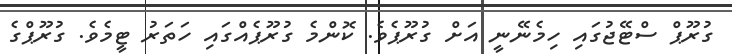
ގުރޫޕް ސްޓޭޖުގައި ހިމެނޭނީ އަށް ގުރޫޕެވެ. ކޮންމެ ގުރޫޕެއްގައި ހަތަރު ޓީމެވެ. ގުރޫޕްގެ